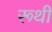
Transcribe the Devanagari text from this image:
रूथी